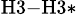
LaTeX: _\mathrm{H3-H3*}